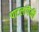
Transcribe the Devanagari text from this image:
पाटलांपैकी